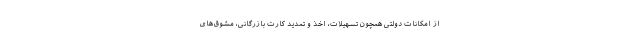
از امکانات دولتی همچون تسهیلات، اخذ و تمدید کارت بازرگانی، مشوق‌های